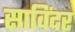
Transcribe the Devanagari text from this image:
साविंदर